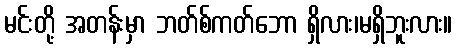
မင်းတို့ အတန်းမှာ ဘတ်စ်ကတ်ဘော ရှိလား၊မရှိဘူးလား။